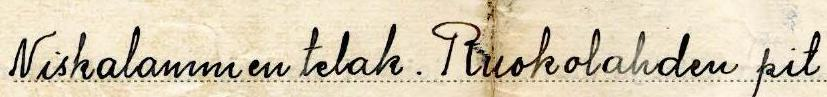
Niskalammen telak. Ruokolahden pit.